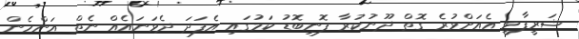
ޝަރީފާވީ އެއަށްވުރެ ގޮތް ދޫނުކުރާ ފޮނިބޮޑު ކަމުގައި އެފަދަ ދެވަނައެއް ނެތް އަންހެން